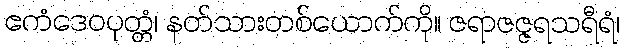
ဧကံဒေဝပုတ္တံ၊ နတ်သားတစ်ယောက်ကို။ ဇရာဇဇ္ဇရသရီရံ၊